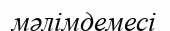
мәлімдемесі